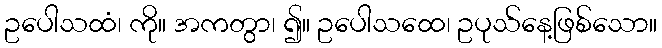
ဥပေါသထံ၊ ကို။ အကတွာ၊ ၍။ ဥပေါသထေ၊ ဥပုသ်နေ့ဖြစ်သော။